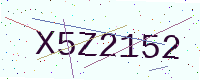
Text: X5Z2152